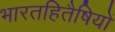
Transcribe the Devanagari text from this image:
भारतहितैषियों